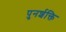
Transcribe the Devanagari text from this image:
पुनर्शक्ति